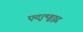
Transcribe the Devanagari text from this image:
एदृत्थ्ड्ढठ्ठद्व